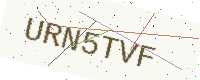
Text: URN5TVF